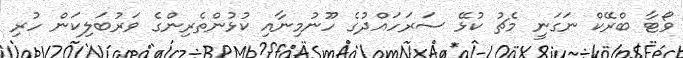
ވޯޓާ ބްރޭކް ނަގަނީ މެޗު ކުޅޭ ސަރަހައްދުގެ ހޫނުމިނާއި ކުޅުންތެރިންގެ ވަރުބަލިކަން ހުރި